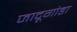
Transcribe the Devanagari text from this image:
जादूगोडा